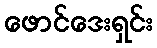
ဖောင်ဒေးရှင်း